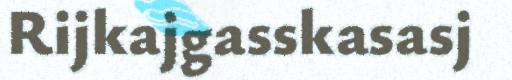
Rijkajgasskasasj